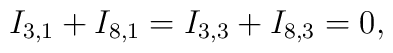
I_{3,1}+I_{8,1}=I_{3,3}+I_{8,3}=0,